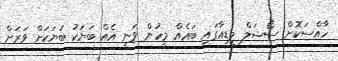
ހާއްސަކޮށް ސޯޝަލް މީޑިއާގައި ބައެއް މީހުން ވަނީ އެއް ބަޔަކު ބަޔަކަށް ވަރަށް